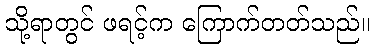
သို့ရာတွင် ဖရင့်က ကြောက်တတ်သည်။